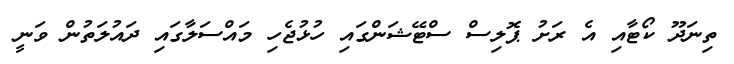
ތިނަދޫ ކޯޓާއި އެ ރަށު ޕޮލިސް ސްޓޭޝަންގައި ހުޅުޖެހި މައްސަލާގައި ދައުލަތުން ވަނީ